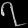
Digit: ၇